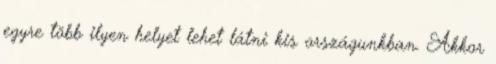
egyre több ilyen helyet lehet látni kis országunkban. Akkor